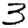
Digit: 3